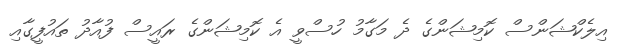
އިލެކްޝަންސް ކޮމިޝަންގެ ދެ މަގާމު ހުސްވީ އެ ކޮމިޝަންގެ ރައީސް ފުއާދު ތައުފީގާއި